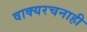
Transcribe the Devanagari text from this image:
वाक्यरचनाही